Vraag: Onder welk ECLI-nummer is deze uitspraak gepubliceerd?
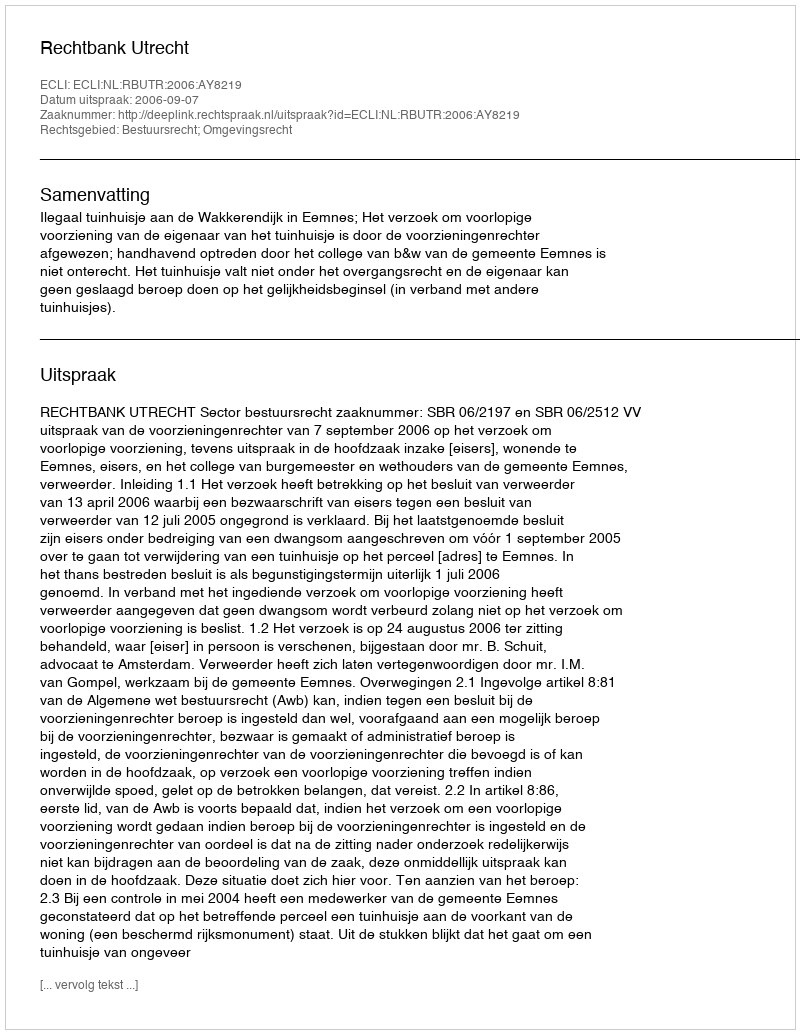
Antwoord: ECLI:NL:RBUTR:2006:AY8219